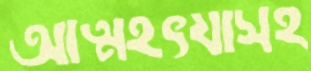
আত্মহৎযাসহ